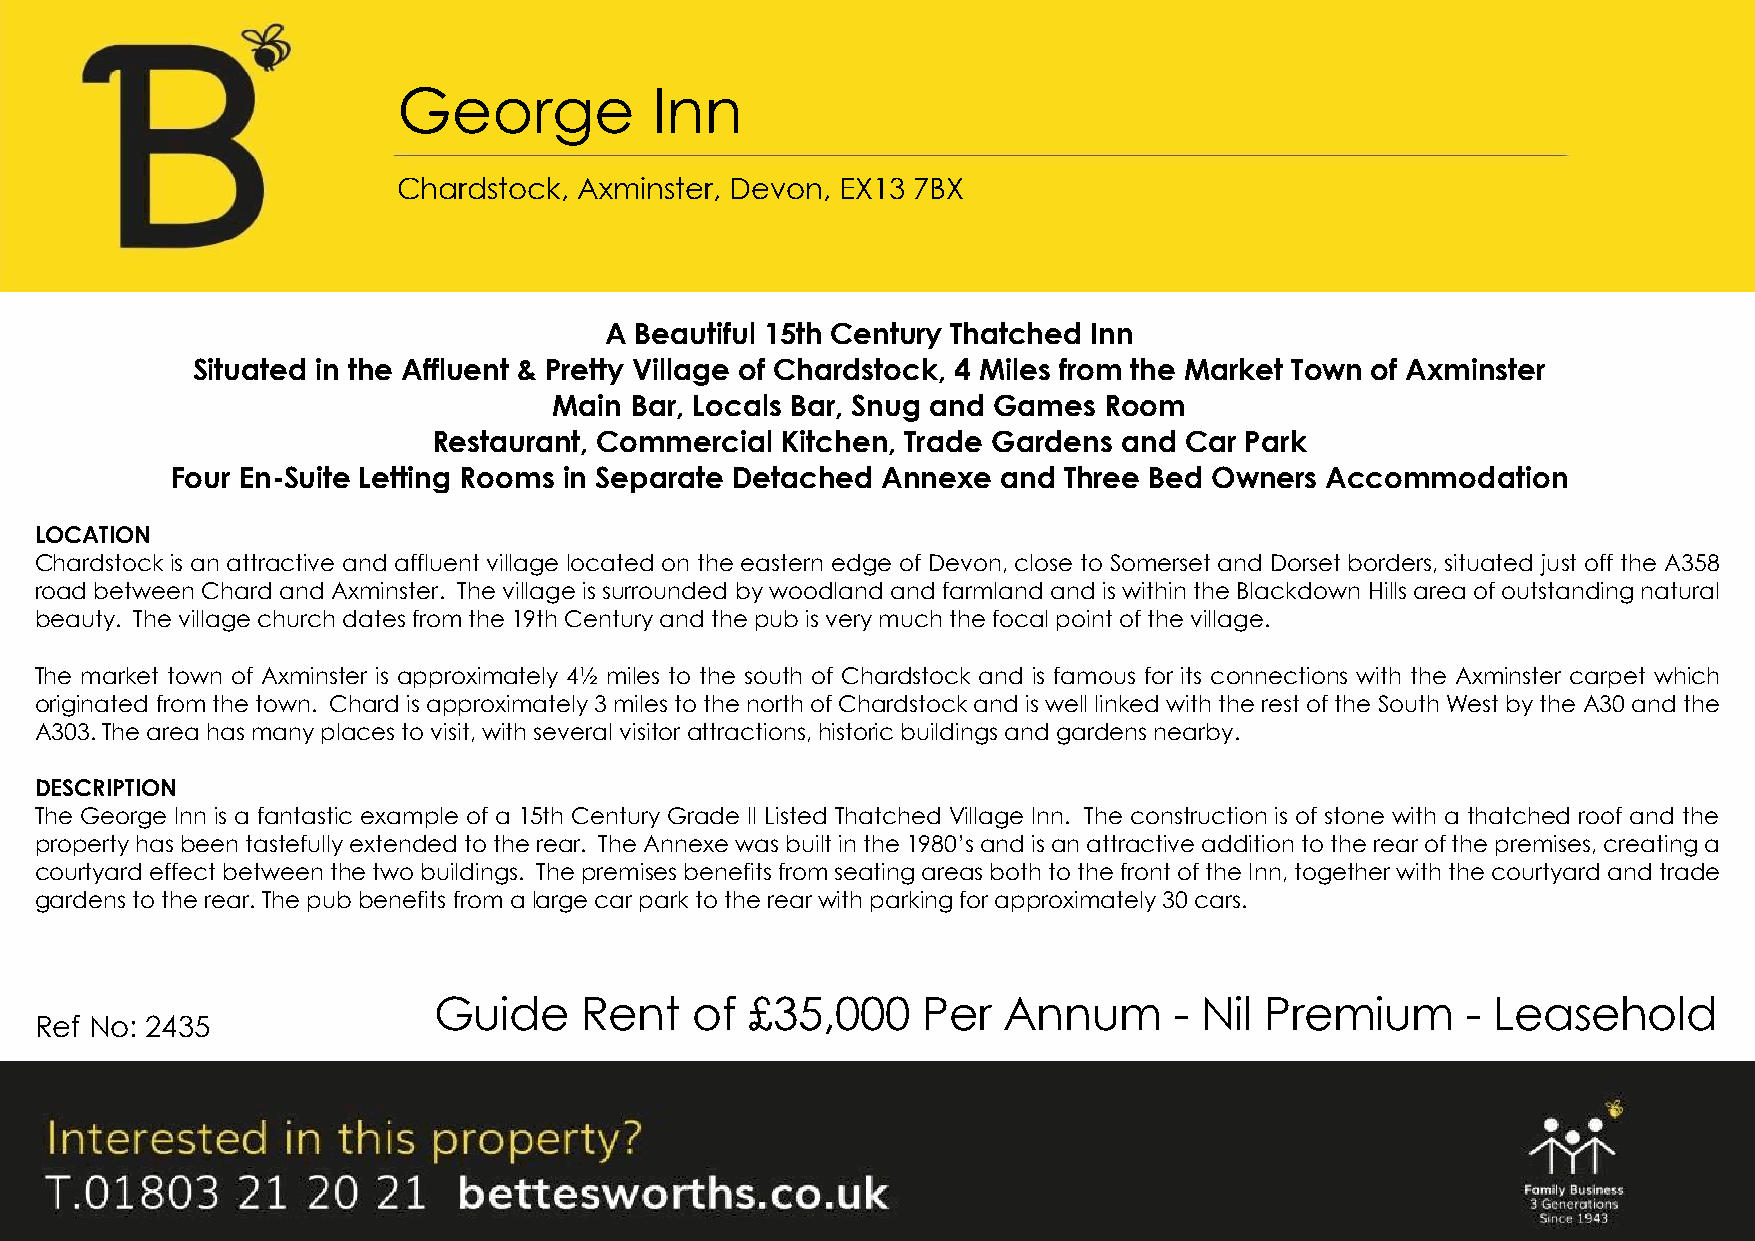
George           Inn
 Chardstock, Axminster, Devon, EX13 7BX
 A B eautiful 15th Century Thatched Inn
 Situated in the Affluent & Pretty Village of Chardstock, 4 Miles from the Market Town of Axminster
 Main Bar, Locals Bar, Snug and Games Room
 Restaurant, Commercial Kitchen, Trade Gardens and Car Park
 Four En-Suite Letting Rooms in Separate Detached Annexe and Three Bed Owners Accommodation
 LOCATION
 Chardstoc k is an attractive and affluent village located on the eastern edge of Devon, close to Somerset and Dorset borders, situated just off the A358
 road between Chard and Axminster. The village is surrounded by woodland and farmland and is within the Blackdown Hills area of outstanding natural
 beauty. The village church dates from the 19th Century and the pub is very much the focal point of the village.
 The market town of Axminster is approximately 4½ miles to the south of Chardstock and is famous for its connections with the Axminster carpet which
 originated from the town. Chard is approximately 3 miles to the north of Chardstock and is well linked with the rest of the South West by the A30 and the
 A303. The area has many places to visit, with several visitor attractions, historic buildings and gardens nearby.
 DESCRIPTION
 The George Inn is a fantastic example of a 15th Century Grade II Listed Thatched Village Inn. The construction is of stone with a thatched roof and the
 property ha s been tastefully extended to the rear. The Annexe was built in the 1980’s and is an attractive addition to the rear of the premises, creating a
 courtyard effect between the two buildings. The premises benefits from seating areas both to the front of the Inn, together with the courtyard and trade
 gardens to the rear. The pub benefits from a large car park to the rear with parking for approximately 30 cars.
 Guide    Rent    of  £35,000    Per  Annum       - Nil Premium      - Leasehold
 Ref No: 2435